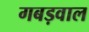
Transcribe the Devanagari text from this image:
गबड़वाल